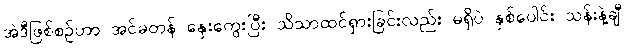
အဲဒီဖြစ်စဉ်ဟာ အင်မတန် နှေးကွေးပြီး သိသာထင်ရှားခြင်းလည်း မရှိပဲ နှစ်ပေါင်း သန်းနဲ့ချီ